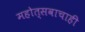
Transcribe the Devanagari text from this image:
महोत्सवाचाही